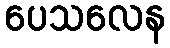
ပေသလေန